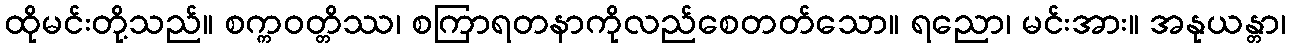
ထိုမင်းတို့သည်။ စက္ကဝတ္တိဿ၊ စကြာရတနာကိုလည်စေတတ်သော။ ရညော၊ မင်းအား။ အနုယန္တာ၊